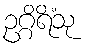
ဥဂ္ဂိရိံသု